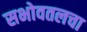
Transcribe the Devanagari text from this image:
सभोवतलचा